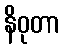
နိဝုတာ